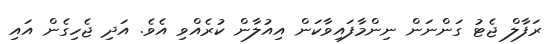
ރަފާލް ޖެޓު ގަންނަން ނިންމާފައިވާކަން އިއުލާން ކުރެއްވި އެވެ. އަދި ޖެހިގެން އައި